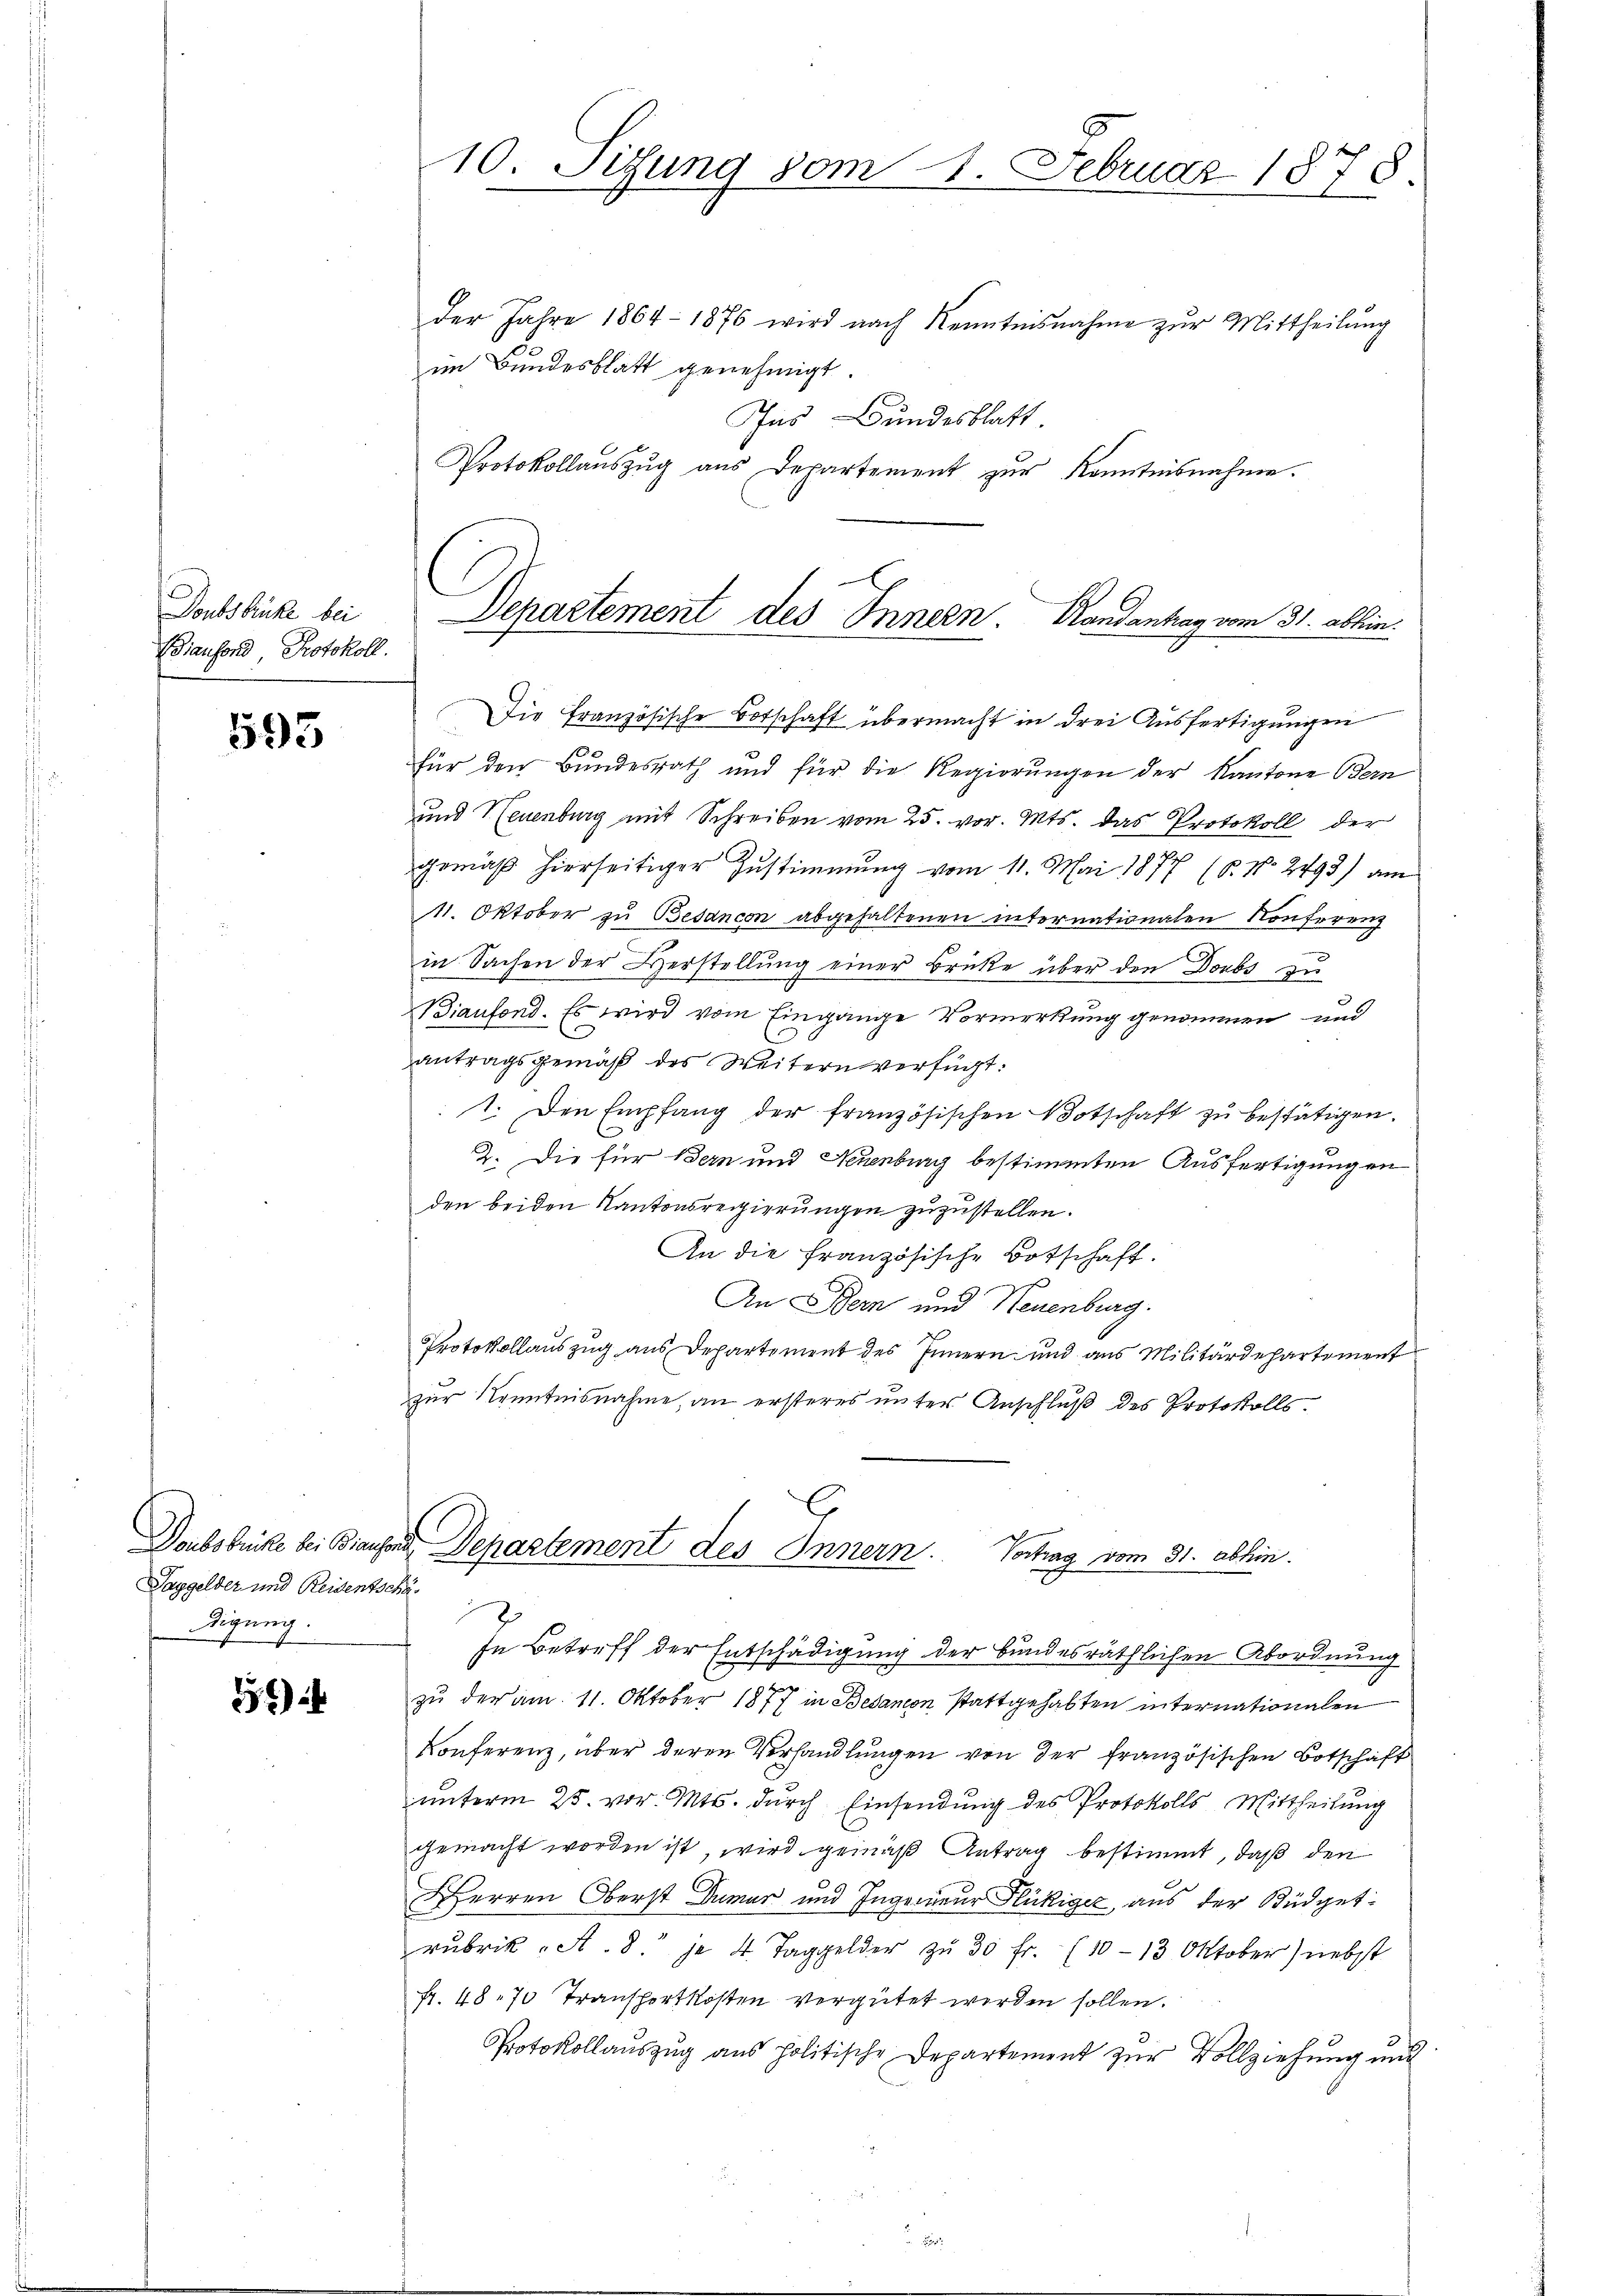
Doubsbrücke bei
Biaufond, Protokoll.

593

Taggelder und Reidentschä
digung.

36

10. Situng vom 1. Februar 1878.

Die Französische Botschaft übermacht in drei Ausfertigungen
für den Bundesrath und für die Regierŭngen der Kantone Bern
und Neuenburg mit Schreiben vom 25. vor. Mts. das Protokoll der
gemäß hierseitiger Zustimmung vom 11. Mai 1877 (6. No. 2493) am
11. Oktober zu Besancon abgehaltenen internationalen Konferenz
s
in Sachen der Herstellŭng einer Brücke über den Doubs zu
Biaufond. Es wird vom Eingange Vormerkung genommen und
antragsgemäß des Weitern verfügt:
1. Den Empfang der französischen Botschaft zu bestätigen.
2. Die für Bern und Neuenburg bestimmten Ausfertigungen
den beiden Kantonsregierungen zuzustellen.
An die französische Botschaft.
ge
An Bern und Neuenburg.
Protokollaŭszŭg ans Departement des Innern und aus Militärdepartement
zur Kenntnisnahme, an ersteres unter Anschluß des Protokolls¬
C

der Jahre 1864 - 1876 wird nach Kenntnisnahme zŭr Mittheilŭng
im Bundesblatt genehmigt.
Ins Bundesblatt
Protokollaŭszŭg aŭs Departement zŭr Kenntnisnahme.

Departement des Innern. Handantag vom 31. abhin.

Doubsbrücke bei Biansons Departement des Innern. Vortrag vom 31. abhin.
1

In Betreff der Entschädigung der bundesräthlichen Abordnung
zu der am 11. Oktober 1877 in Besanon stattgehabten internationalen
Konferenz, über deren Verhandlungen von der französischen Botschäft
unterm 25. vor. Mts. durch Einsendung des Protokolls Mittheilung
gemacht worden ist, wird gemäß Antrag bestimmt, daß den
Herren Oberst Dumor und Ingenieur Flückiger, aus der Büdgetrubrik „A. 8. je 4 Taggelder zŭ 30 fr. (10-13 Oktober) nebst
Fr. 48. 70 Transportkosten vergütet werden sollen.
Protokollauszug aus politische Departement zur Vollziehung und